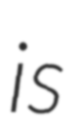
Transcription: is